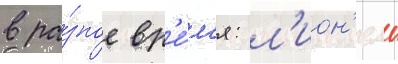
в ра́зное вр'е́м'я: л'ион'ель